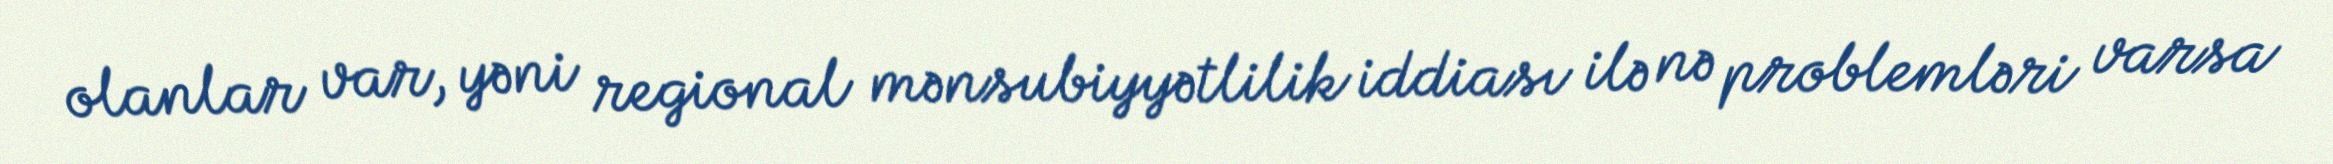
olanlar var, yəni regional mənsubiyyətlilik iddiası ilə nə problemləri varsa